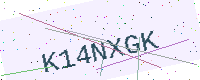
Text: K14NXGK